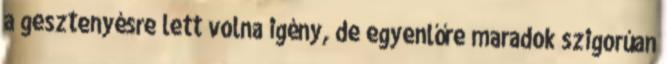
a gesztenyésre lett volna igény, de egyenlőre maradok szigorúan